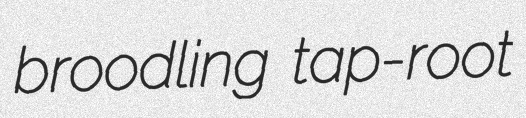
broodling tap-root